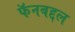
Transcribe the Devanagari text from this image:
फॅनबद्दल